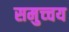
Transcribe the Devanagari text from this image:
समुच्‍चय